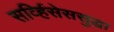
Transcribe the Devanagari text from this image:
सर्व्हिसेससुद्धा